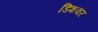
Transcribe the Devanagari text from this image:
डिशवर